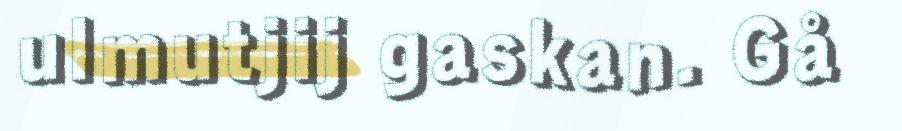
ulmutjij gaskan. Gå